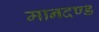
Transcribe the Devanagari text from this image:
मानदण्‍ड